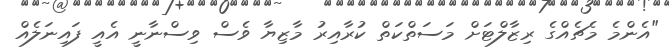
"އެންމެ މެޗެއްގެ ރިޒާލްޓަށް މަސަތްކަތް ކުރާއިރު މާޒިޔާ ވެސް ވިސްނާނީ އެއީ ފައިނަލެއް